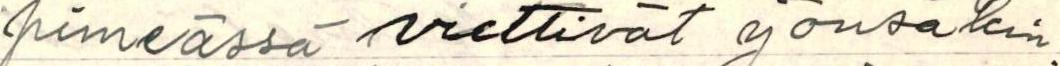
pimeässä viettivät y önsäkin.